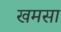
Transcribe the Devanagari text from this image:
खमसा